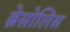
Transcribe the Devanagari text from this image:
ब्रेसोलिस